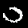
Label: 0